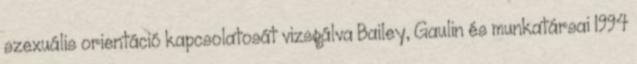
szexuális orientáció kapcsolatosát vizsgálva Bailey, Gaulin és munkatársai 1994